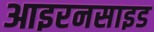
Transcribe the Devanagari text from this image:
आइरनसाइड